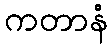
ကတာနံ